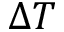
\Delta T